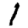
Digit: 1